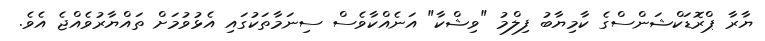
ޔާރާ ޕްރޮޑަކްޝަންސްގެ ކާމިޔާބު ފިލްމު "ވިޝްކާ" އަނެއްކާވެސް ސިނަމާތަކުގައި އެޅުވުމަށް ތައްޔާރުވެއްޖެ އެވެ.